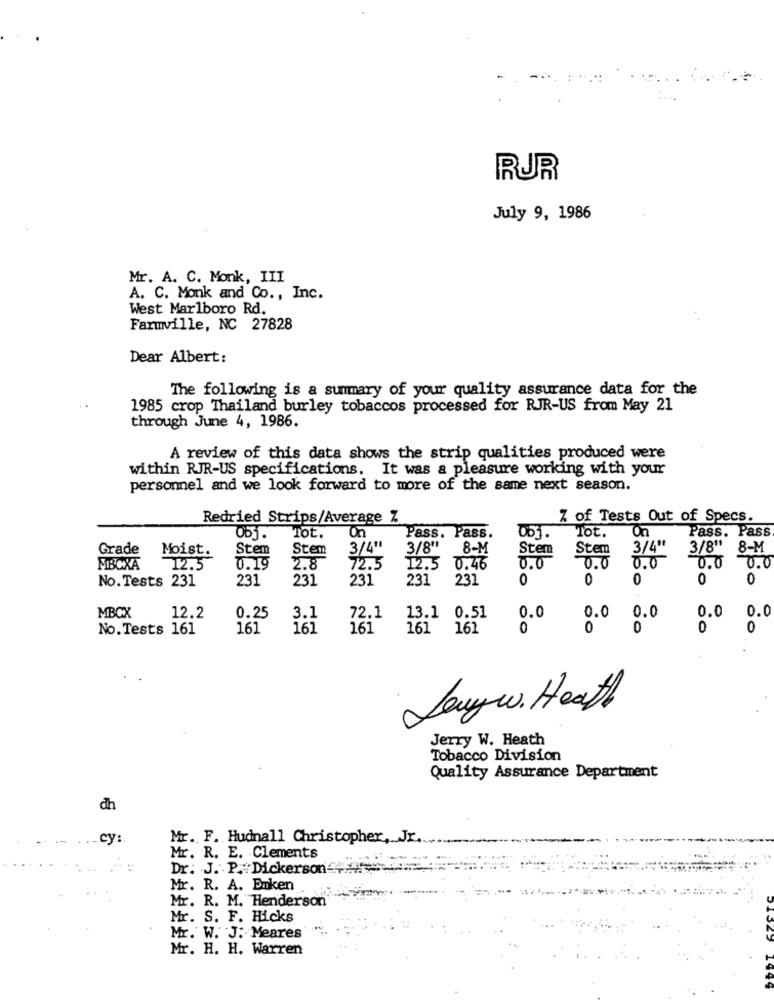
RUR
July 9, 1986
Mr. A. C. Monk, III
A. C. Monk and Co ., Inc.
West Marlboro Rd.
Farmville, NC 27828
Dear Albert:
The following is a summary of your quality assurance data for the
1985 crop Thailand burley tobaccos processed for RJR-US from May 21
through June 4, 1986.
A review of this data shows the strip qualities produced were
within RJR-US specifications. It was a pleasure working with your
personnel and we look forward to more of the same next season.
Redried Strips/Average Z
Z of Tests Out of Specs.
On
Tot.
On
Pass. Pass
Obj.
Tot.
Pass. Pass.
Grade
Stem
Stem
3/6"
3/8"
8-M
Stem
Stem
3/4"
3/8" 8-M
Moist.
0.0
FIBCXA
12.5
0.19
2.8
72.5
12.5 0.46
0.0
0.0
0.0
0.0
No.Tests 231
231
231
231
231
231
0
0
0
0
0
0.0
MBCX
12.2
0.25
3.1
72.1
13.1 0.51
0.0
0.0
0.0
0.0
No.Tests 161
161
161
161
161
161
0
0
0
0
0
....
Lawy w. Heath
Jerry W. Heath
Tobacco Division
Quality Assurance Department
dh
cy
Mr. F. Hudnall Christopher, Jr.
Mr. R. E. Clements
Dr. J. P. Dickerson #
Mr. R. A. Enken
Mr. R. M. Henderson
Mr. S. F. Hicks
Mr. W. J: Meares
Mr. H. H. Warren